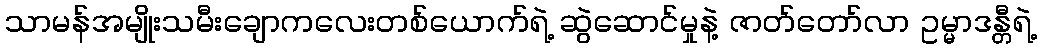
သာမန်အမျိုးသမီးချောကလေးတစ်ယောက်ရဲ့ ဆွဲဆောင်မှုနဲ့ ဇာတ်တော်လာ ဥမ္မာဒန္တီရဲ့